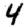
Digit: 4